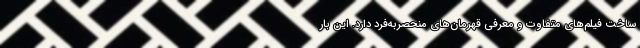
ساخت فیلم‌های متفاوت و معرفی قهرمان‌های منحصربه‌فرد دارد. این بار